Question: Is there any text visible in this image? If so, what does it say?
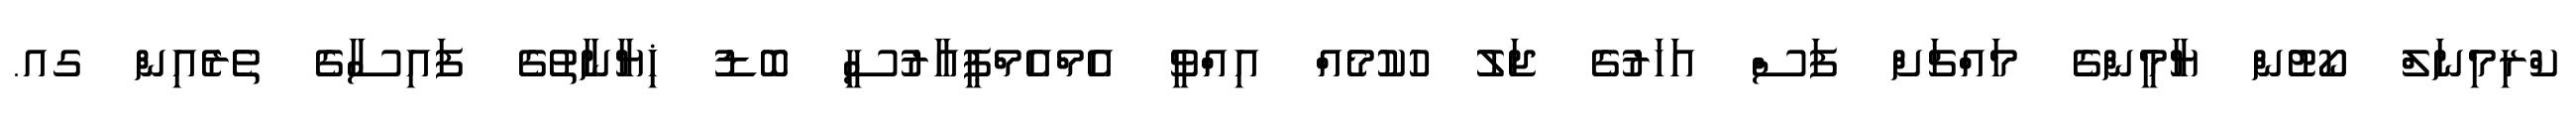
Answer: ކްރިމިނަލް ކޯޓުން ޔާމީންގެ މައްޗަށް ފަސް އަހަރުގެ ޖަލު ހުކުމެއް އިއްވީ އެމްއެމްޕީއާރުސީ ބޮޑު ޚިޔާނާތުގެ ފައިސާގެ ތެރެއިން ގއ.